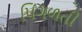
પિગળતી